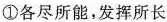
①各尽所能，发挥所长